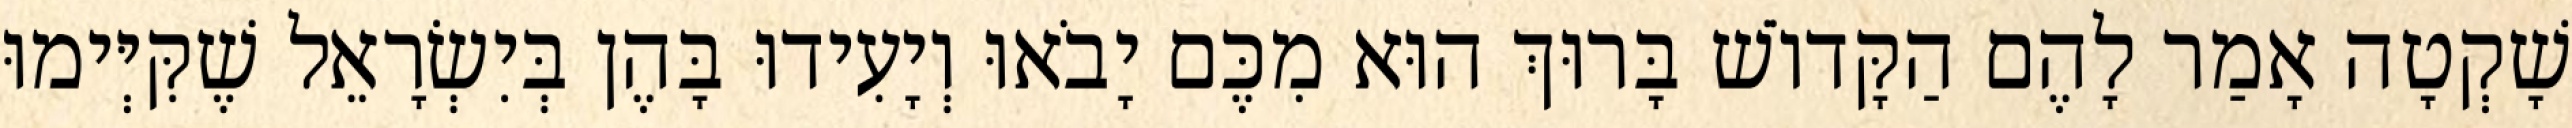
שָׁקְטָה אָמַר לָהֶם הַקָּדוֹשׁ בָּרוּךְ הוּא מִכֶּם יָבֹאוּ וְיָעִידוּ בָּהֶן בְּיִשְׂרָאֵל שֶׁקִּיְּימוּ